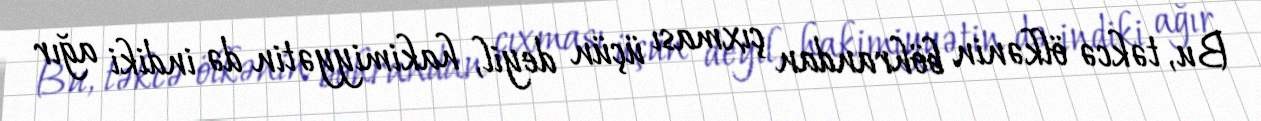
Bu, təkcə ölkənin böhrandan çıxması üçün deyil, hakimiyyətin də indiki ağır